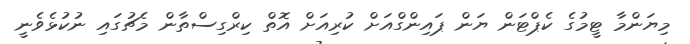
މިޔަންމާ ޓީމުގެ ކެޕްޓަން ޔަން ޕައިންގްއަށް ކުރިއަށް އޮތް ކިރްގިސްތާން މެޗުގައި ނުކުޅެވެނީ